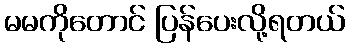
မမကိုတောင် ပြန်ပေးလို့ရတယ်